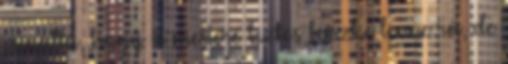
csinálta, hogy a mestere biztos büszke lenne rá, de